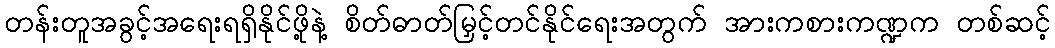
တန်းတူအခွင့်အရေးရရှိနိုင်ဖို့နဲ့ စိတ်ဓာတ်မြှင့်တင်နိုင်ရေးအတွက် အားကစားကဏ္ဍက တစ်ဆင့်